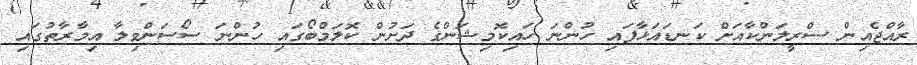
ރާއްޖެއިން ސްރީލަންކާއަށް ކަނޑައަޅާފައި ހުންނަ ހައިކޮމިޝަންގެ ދަށުން ކޮލަމްބޯގައި ހުންނަ ސޯސަންވިލާ އިމާރާތުގައި